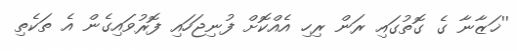
''ޚަޒާނާ ގެ ގޮތުގައި ރަން ރިހި އެއްކޮށް ފުނިޖަހައި ފޮރުވައިގެން އެ ތަކެތި